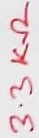
Text: 3.3KΩ